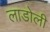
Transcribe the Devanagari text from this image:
लाडोली